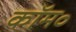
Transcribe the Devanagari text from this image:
कॉम॰